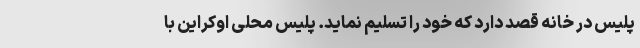
پلیس در خانه قصد دارد که خود را تسلیم نماید. پلیس محلی اوکراین با